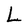
Character: L